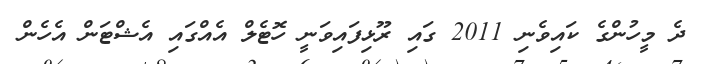
ދެ މީހުންގެ ކައިވެނި 2011 ގައި ރޫޅިފައިވަނީ ހޮޓެލް އެއްގައި އެޝްޓަން އެހެން